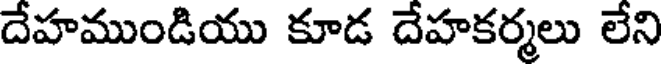
దేహముండియు కూడ దేహకర్మలు లేని